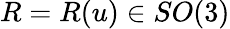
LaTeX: R=R(u)\in SO(3)